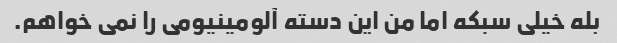
بله خیلی سبکه اما من این دسته آلومینیومی را نمی خواهم.